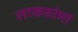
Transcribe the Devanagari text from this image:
लाकडांमां